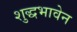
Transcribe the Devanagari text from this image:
शुद्धभावेन